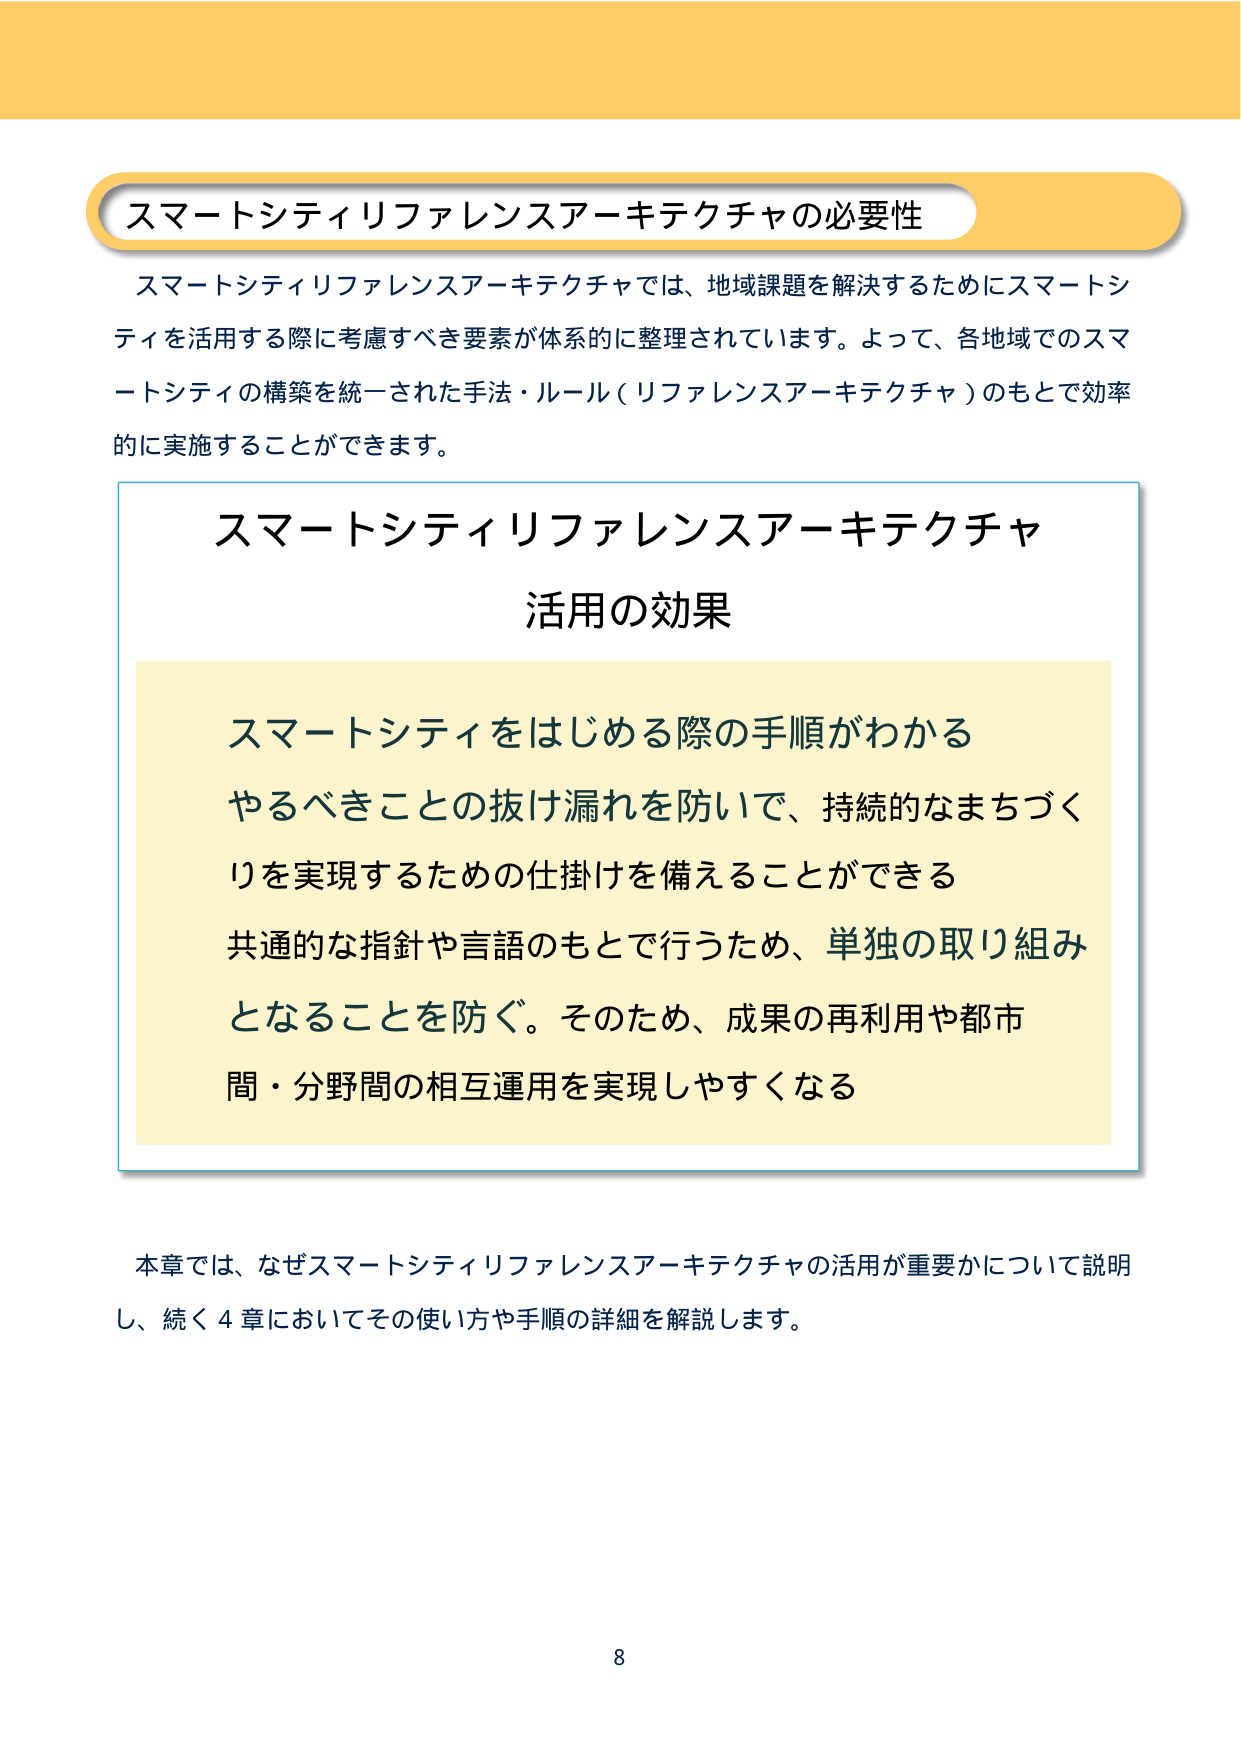
スマートシティリファレンスアーキテクチャの必要性

スマートシティリファレンスアーキテクチャでは、地域課題を解決するためにスマートシティを活用する際に考慮すべき要素が体系的に整理されています。よって、各地域でのスマートシティの構築を統一された手法・ルール（リファレンスアーキテクチャ）のもとで効率的に実施することができます。

スマートシティリファレンスアーキテクチャ
活用の効果

スマートシティをはじめる際の手順がわかる
やるべきことの抜け漏れを防いで、持続的なまちづくりを実現するための仕掛けを備えることができる
共通的な指針や言語のもとで行うため、単独の取り組みとなることを防ぐ。そのため、成果の再利用や都市間・分野間の相互運用を実現しやすくなる

本章では、なぜスマートシティリファレンスアーキテクチャの活用が重要かについて説明し、続く4章においてその使い方や手順の詳細を解説します。

8